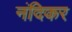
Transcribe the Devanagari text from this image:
नंदिकर